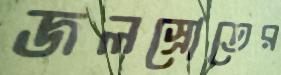
জলস্রোতের